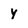
Character: y